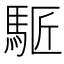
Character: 𩣕